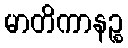
မာတိကာနဉ္စ